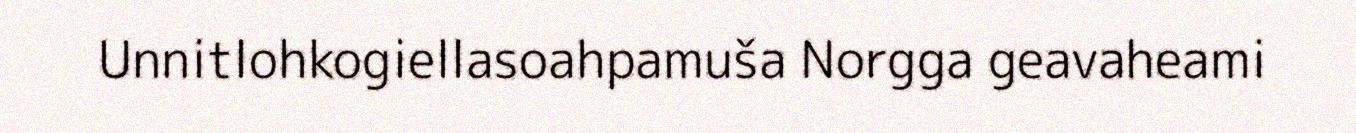
Unnitlohkogiellasoahpamuša Norgga geavaheami